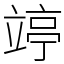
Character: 𥪜